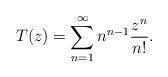
LaTeX: \begin{align*}T(z)=\sum_{n= 1}^{\infty} n^{n-1} \frac{z^n}{n!}.\end{align*}